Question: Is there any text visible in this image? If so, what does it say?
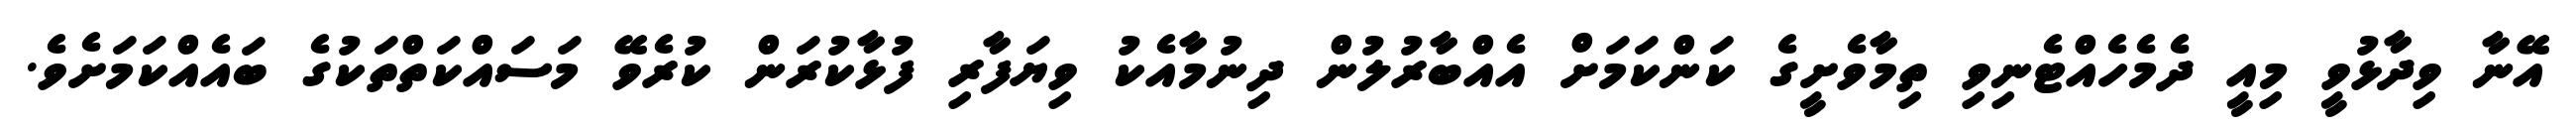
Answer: އޭނާ ވިދާޅުވީ މިއީ ދެމެހެއްޓެނިވި ތިމާވެށީގެ ކަންކަމަށް އެއްބާރުލުން ދިނުމާއެކު ވިޔަފާރި ފުޅާކުރަން ކުރެވޭ މަސައްކަތްތަކުގެ ބައެއްކަމަށެވެ.